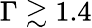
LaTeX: \Gamma\gtrsim 1.4